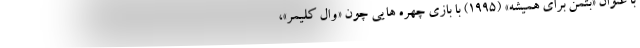
با عنوان «بتمن برای همیشه» (۱۹۹۵) با بازی چهره هایی چون «وال کلیمر»،